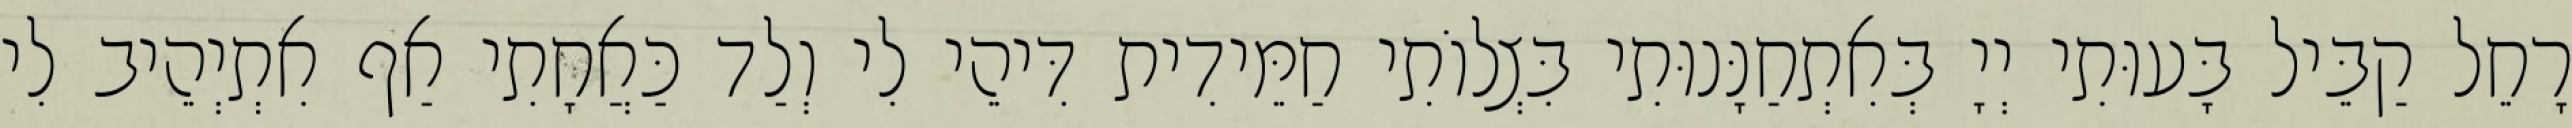
רָחֵל קַבֵּיל בָּעוּתִי יְיָ בְּאִתְחַנָּנוּתִי בִּצְלוֹתִי חַמֵּידִית דִּיהֵי לִי וְלַד כַּאֲחָתִי אַף אִתְיְהֵיב לִי